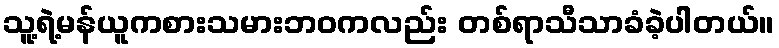
သူ့ရဲ့မန်ယူကစားသမားဘဝကလည်း တစ်ရာသီသာခံခဲ့ပါတယ်။